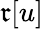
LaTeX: \mathfrak{r}[u]